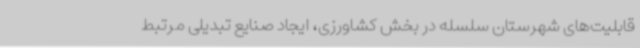
قابلیت‌های شهرستان سلسله در بخش کشاورزی، ایجاد صنایع تبدیلی مرتبط